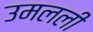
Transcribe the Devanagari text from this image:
उमलली